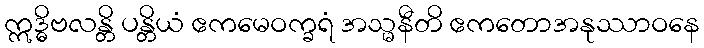
ဣဒ္ဓိဗလန္တိ ပန္တိယံ ဧကမေဝက္ခရံ အသ္မနီတိ ဧကတောအနုဿာဝနေ